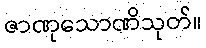
ဇာဏုသောဏိသုတ်။